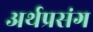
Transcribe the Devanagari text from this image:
अर्थप्रसंग